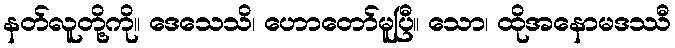
နတ်လူတို့ကို။ ဒေသေသိ၊ ဟောတော်မူပြီ။ သော၊ ထိုအနောမဒဿီ